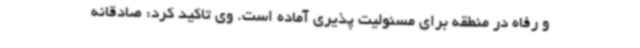
و رفاه در منطقه برای مسئولیت پذیری آماده است. وی تاکید کرد: صادقانه